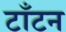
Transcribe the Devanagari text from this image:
टाँटन